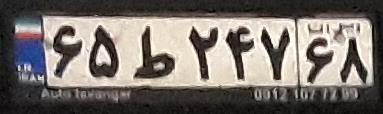
۶۵ط۲۴۷۶۸